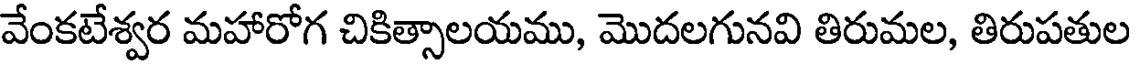
వేంకటేశ్వర మహారోగ చికిత్సాలయము, మొదలగునవి తిరుమల, తిరుపతుల